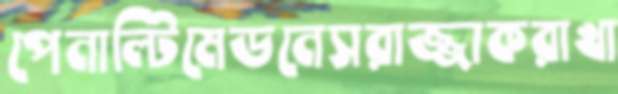
পেনাল্টিমেডনেসরাজ্জাকরাখা